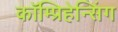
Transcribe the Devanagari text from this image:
कॉम्प्रिहेन्सिंग